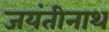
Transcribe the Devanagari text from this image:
जयंतीनाथ